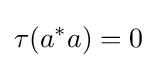
\tau (a^{*}a)=0